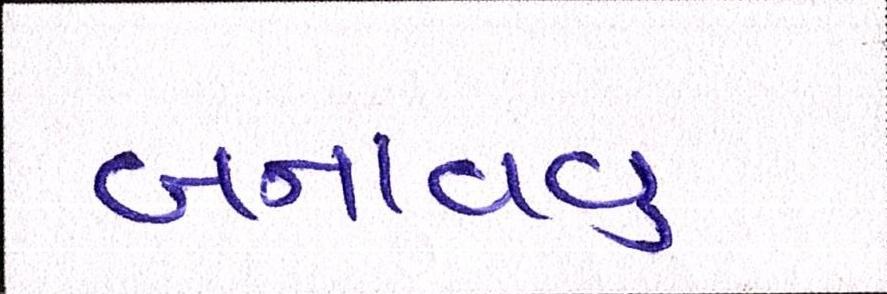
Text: બનાવવુઃ